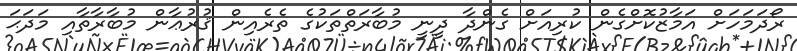
ރޯދަމަހަށް އަމާޒުކޮށްގެން ކުރިއަށް ގެންދާ ދީނީ މުބާރަތްތަކުގެ ތެރެއިން ޤުރުޢާން މުބާރާތާއި މަދަޙަ